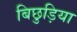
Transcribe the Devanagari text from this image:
बिछुड़िया